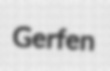
Gerfen